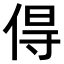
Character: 𠊚